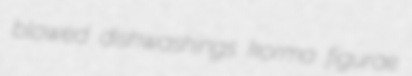
blowed dishwashings korma figurae